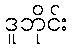
ဒူဘိုင်း